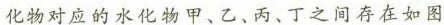
化物对应的水化物甲、乙、丙、丁之间存在如图内